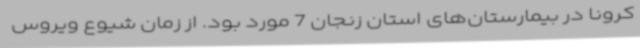
کرونا در بیمارستان‌های استان زنجان 7 مورد بود. از زمان شیوع ویروس